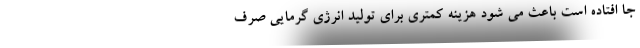
جا افتاده است باعث می شود هزینه کمتری برای تولید انرژی گرمایی صرف